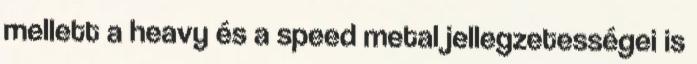
mellett a heavy és a speed metal jellegzetességei is